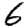
Digit: 6